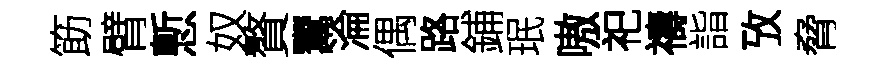
筯臂慙奴贅鬻淪偶路鋪珉嗷祀禱詣攷脅